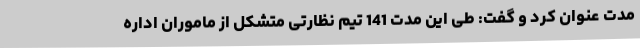
مدت عنوان کرد و گفت: طی این مدت 141 تیم نظارتی متشکل از ماموران اداره